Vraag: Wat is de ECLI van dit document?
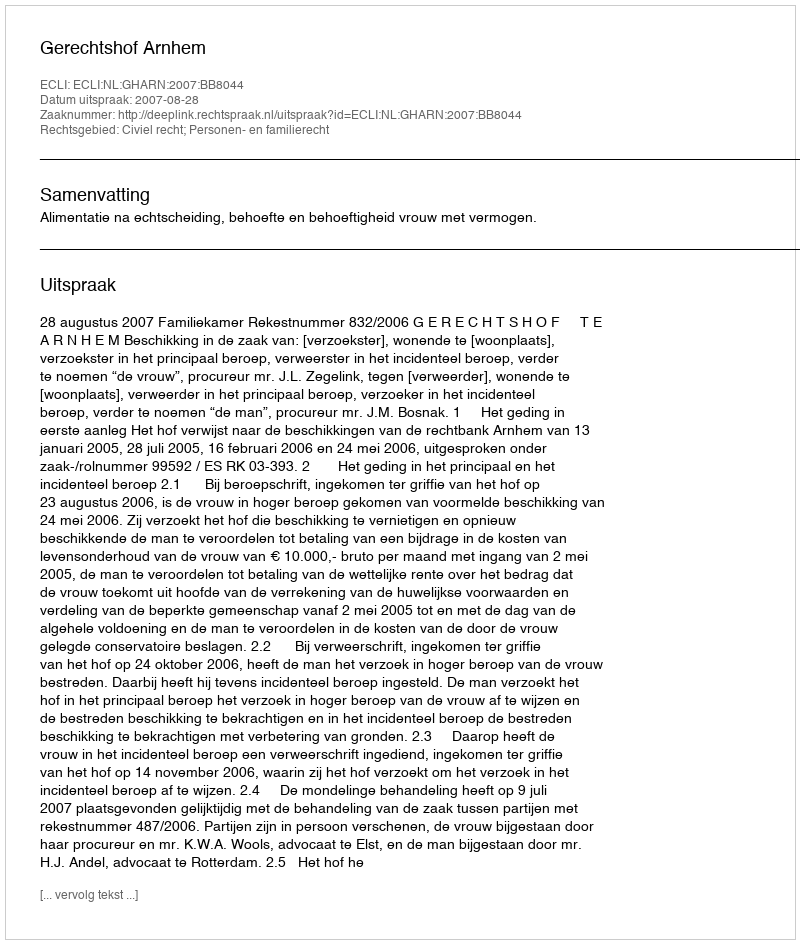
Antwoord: ECLI:NL:GHARN:2007:BB8044